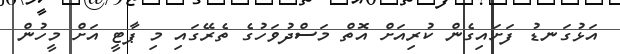
އަޅުގަނޑު ފަށައިގެން ކުރިއަށް އޮތް މަސްދުވަހުގެ ތެރޭގައި މި ޕާޓީ އަށް މީހުން